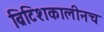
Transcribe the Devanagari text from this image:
ब्रिटिशकालीनच